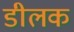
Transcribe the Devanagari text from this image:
डीलक